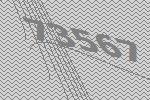
73567